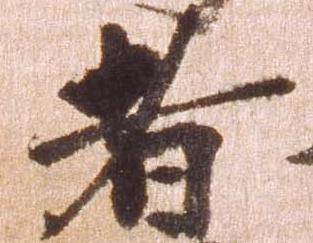
者